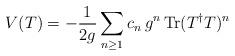
LaTeX: \begin{align*}V(T) = -{1\over 2g} \sum_{n\ge1}c_n\,g^n \mathop{\rm Tr}(T^\dagger T)^n \end{align*}